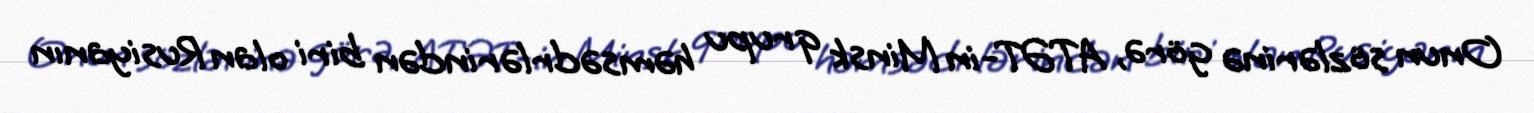
Onun sözlərinə görə, ATƏT-in Minsk qrupu həmsədrlərindən biri olan Rusiyanın